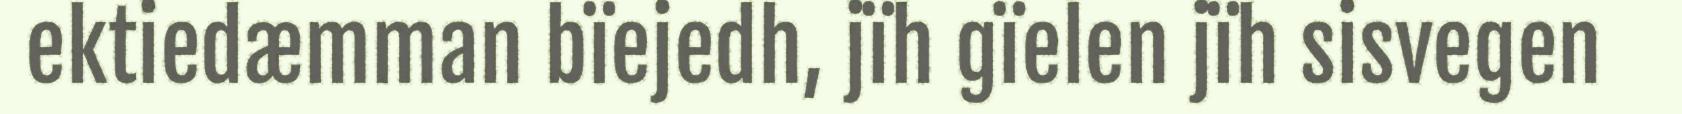
ektiedæmman bïejedh, jïh gïelen jïh sisvegen